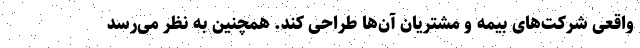
واقعی شرکت‌های بیمه و مشتریان آن‌ها طراحی کند. همچنین به نظر می‌رسد